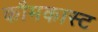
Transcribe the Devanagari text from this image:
कौमकास्ट